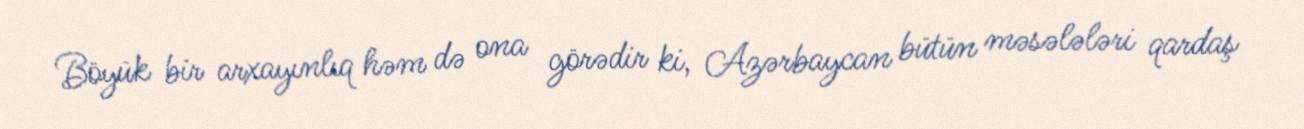
Böyük bir arxayınlıq həm də ona görədir ki, Azərbaycan bütün məsələləri qardaş